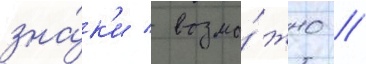
зна́к'и / возмо́жно /